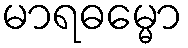
မာရဓမ္မော